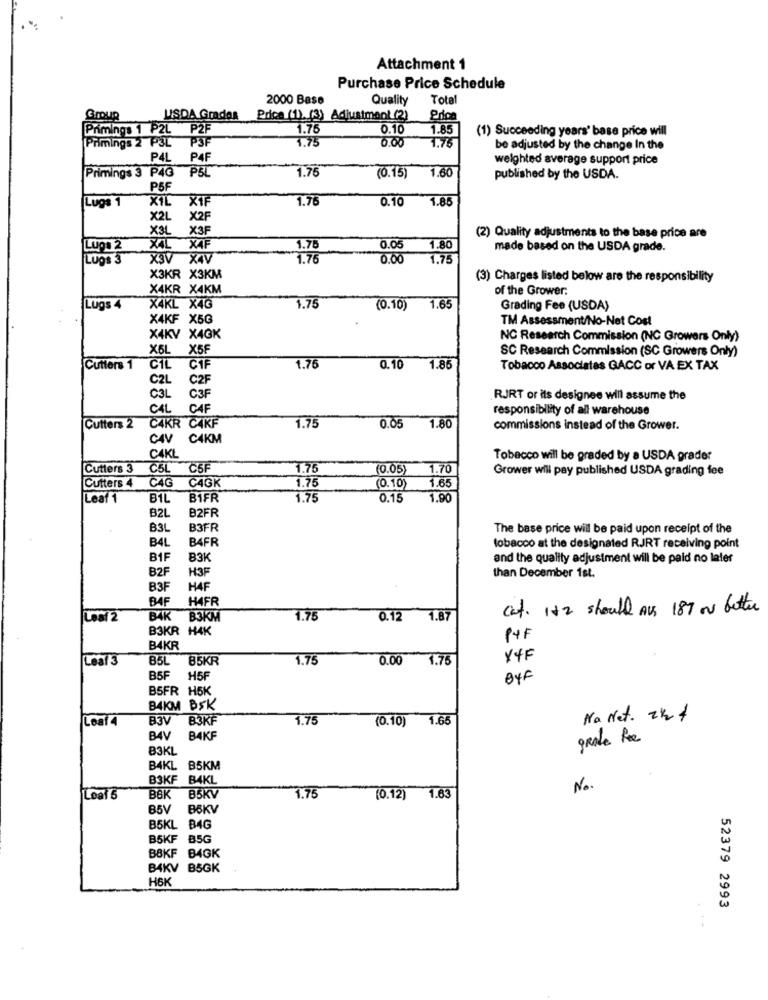
Attachment 1
Purchase Price Schedule
2000 Base
Quality
Total
Group
USDA Grados
Price (1). (3) Adjustment (2)
Pro
Primings 1 P2L P2F
1.75
0.10
1.85
(1) Succeeding years' base price will
PSF
1.75
Primings 2 P3L
0.00
1.75
be adjusted by the change In the
P4L
P4F
weighted average support price
Primings 3 P4G
PSL
1.7
1.60
(0.15)
published by the USDA.
PSF
Lugs 1
XIL X1F
1.7
0.10
1.85
X2L
X2F
X3L
X3F
(2) Quality adjustments to the base price are
Lups 2
X4L X4F
1.70
0.0
1.80
made based on the USDA grade.
Lugs 3
X3V X4V
1.76
0.00
1.75
X3KR X3KM
(3) Charges listed below are the responsibility
X4KR X4KM
of the Grower:
Lugs 4
X4KL X4G
1.7
(0.10)
1.65
Grading Fee (USDA)
X4KF X5G
TM Assessment/No-Net Cost
X4KV X4GK
NC Research Commission (NC Growers Only)
X6L
X5F
SC Research Commission (SC Growers Only)
1.76
Cutters 1
CIL CIF
0.10
1.85
Tobacco Associates GACC or VA EX TAX
C2L
C2F
C3L
C3F
RJRT or its designee will assume the
CAL
CAF
responsibility of all warehouse
1.75
Cutters 2
C4KR CAKF
0.05
1.80
commissions instead of the Grower.
C4V C4KM
CAKL
Tobacco will be graded by a USDA grader
Cutters 3
C5L C5F
1.75
(0.05)
1.70
Grower will pay published USDA grading fee
1.75
Cutters 4 C4G
CAGK
(0.10)
1.65
Leaf 1
B1L
B1FR
1.75
0.15
1.90
B2FR
B2L
B3L
B3FR
The base price will be paid upon receipt of the
B4L
B4FR
tobacco at the designated RJRT receiving point
B1F
and the quality adjustment will be paid no later
B2F
H3F
than December 1st.
B3F
HAF
BAF
HAFR
cat. It 2 should ALS 187 or better
Lesf 2
B4K B3KM
1.76
0.12
1.87
B3KR H4K
P+F
B4KR
Leaf 3
B5L
85KR
1.75
0.00
1.75
X4F
B5F
H5F
BYF
B5FR H5K
B4KM BSK
Leaf 4
B3V
B3KF
1.75
(0.10) 1.65
Na Net. 224
BAKF
grade fee
83KL
B4KL B5KM
B3KF B4KL
1.75
No.
Loaf 6
BBK
B5KV
(0.12) 1.63
B5V
BSKV
B5KL B4G
B5KF B5G
BBKF BAGK
B4KV BSGK
H6K
52379 2993